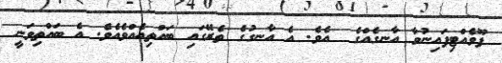
ފޫވެއްޓިފައިނުވާ އާނގެއްގެ  އެވެ. އެ އާނގުގެ ތެރޭގައި ބައްތިއެއްވެއެވެ. އެ ބައްތިވަނީ